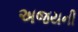
અજયની